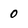
Character: 0